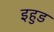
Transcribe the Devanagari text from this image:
इहुड